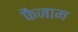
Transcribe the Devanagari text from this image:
फैजाम